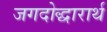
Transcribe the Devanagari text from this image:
जगदोद्धारार्थ